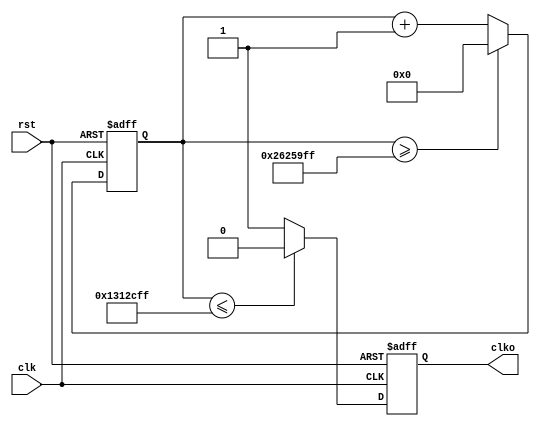
module div40m(
	input clk,rst,
	output reg clko
);
	reg[25:0]dly;
always @(posedge clk,negedge rst)
	if(!rst) dly<=26'h0;
	else if(dly>=26'd39_999_999) dly<=26'h0;
	else dly<=dly+1'b1;
always @(posedge clk,negedge rst)
	if(!rst) clko<=1'b0;
	else if(dly<=26'd19_999_999) clko<=1'b0;
	else clko<=1'b1;
endmodule